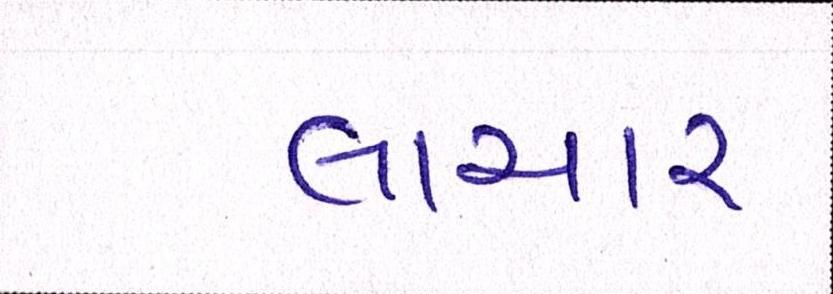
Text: લાચાર